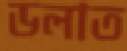
ডলাত